Annual report of the Punjab Veterinary College and of the Civil Veterinary Department, Punjab - 1894-1908
Year: 1894
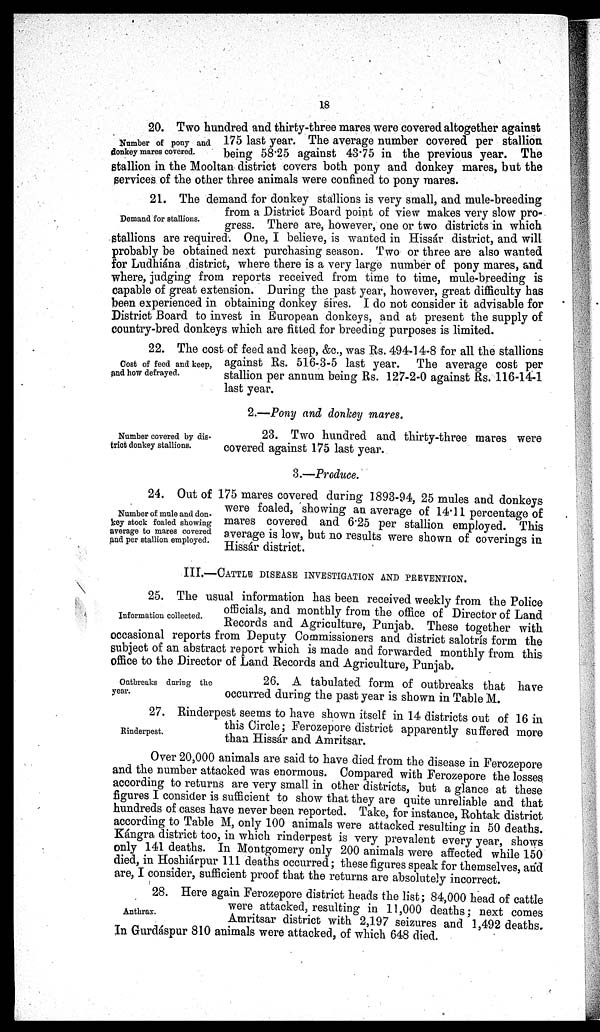
18
Number of pony and
donkey mares covered.
20. Two hundred and thirty-three mares were covered altogether against
175 last year. The average number covered per stallion
being 58.25 against 43.75 in the previous year. The
stallion in the Mooltan district covers both pony and donkey mares, but the
services of the other three animals were confined to pony mares.
Demand for stallions.
21. The demand for donkey stallions is very small, and mule-breeding
from a District Board point of view makes very slow pro-
gress. There are, however, one or two districts in which
Stallions are required. One, I believe, is wanted in Hissár district, and will
probably be obtained next purchasing season. Two or three are also wanted
for Ludhiána district, where there is a very large number of pony mares, and
where, judging from reports received from time to time, mule-breeding is
capable of great extension. During the past year, however, great difficulty has
been experienced in obtaining donkey sires. I do not consider it advisable for
District Board to invest in European donkeys, and at present the supply of
country-bred donkeys which are fitted for breeding purposes is limited.
Cost of feed and keep,
and how defrayed.
22. The cost of feed and keep, &c., was Rs. 494-14-8 for all the stallions
against Rs. 516-3-5 last year. The average cost per
stallion per annum being Rs. 127-2-0 against Rs. 116-14-1
last year.
2.—Pony and donkey mares.
Number covered by dis-
trict donkey stallions.
23. Two hundred and thirty-three mares were
covered against 175 last year.
3.—Produce.
Number of male and don-
key stock foaled showing
average to mares covered
and per stallion employed.
24. Out of 175 mares covered during 1893-94, 25 mules and donkeys
were foaled, showing an average of 14.11 percentage of
mares covered and 6.25 per stallion employed. This
average is low, but no results were shown of coverings in
Hissár district.
III.—CATTLE DISEASE INVESTIGATION AND PREVENTION.
Information collected.
25. The usual information has been received weekly from the Police
officials, and monthly from the office of Director of Land
Records and Agriculture, Punjab. These together with
occasional reports from Deputy Commissioners and district salotrís form the
subject of an abstract report which is made and forwarded monthly from this
office to the Director of Land Records and Agriculture, Punjab.
Outbreaks daring the
year.
26. A tabulated form of outbreaks that have
occurred during the past year is shown in Table M.
Rinderpest.
27. Rinderpest seems to have shown itself in 14 districts out of 16 in
this Circle; Ferozepore district apparently suffered more
than Hissír and Amritsar.
Over 20,000 animals are said to have died from the disease in Ferozepore
and the number attacked was enormous. Compared with Ferozepore the losses
according to returns are very small in other districts, but a glance at these
figures I consider is sufficient to show that they are quite unreliable and that
hundreds of cases have never been reported. Take, for instance, Rohtak district
according to Table M, only 100 animals were attacked resulting in 50 deaths.
Kángra district too, in which rinderpest is very prevalent every year, shows
only 141 deaths. In Montgomery only 200 animals were affected while 150
died, in Hoshiárpur 111 deaths occurred; these figures speak for themselves, and
are, I consider, sufficient proof that the returns are absolutely incorrect.
Anthrax.
28. Here again Ferozepore district heads the list; 84,000 head of cattle
were attacked, resulting in 11,000 deaths ; next comes
Amritsar district with 2,197 seizures and 1,492 deaths.
In Gurdáspur 810 animals were attacked, of which 648 died.